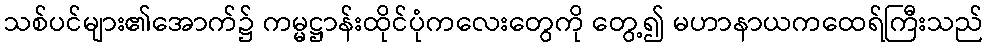
သစ်ပင်များ၏အောက်၌ ကမ္မဋ္ဌာန်းထိုင်ပုံကလေးတွေကို တွေ့၍ မဟာနာယကထေရ်ကြီးသည်